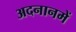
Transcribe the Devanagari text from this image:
अदनानमें